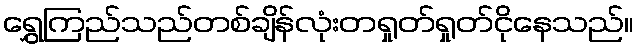
ရွှေကြည်သည်တစ်ချိန်လုံးတရှုတ်ရှုတ်ငိုနေသည်။